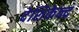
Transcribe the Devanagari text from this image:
देशिकेन्द्र